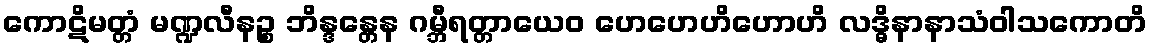
ကောဋိမတ္တံ မဏ္ဍလီနဉ္စ ဘိန္ဒန္တေန ဂမ္ဘီရတ္တာယေဝ ဟေဟေဟိဟောဟိ လဒ္ဓိနာနာသံဝါသကောတိ